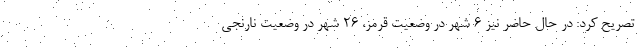
تصریح کرد: در حال حاضر نیز ۶ شهر در وضعیت قرمز، ۲۶ شهر در وضعیت نارنجی